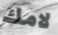
لامك